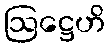
ဩဋ္ဌေဟိ